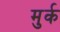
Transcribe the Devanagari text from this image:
मुर्क